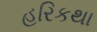
હરિકથા